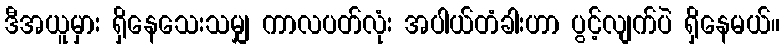
ဒီအယူမှား ရှိနေသေးသမျှ ကာလပတ်လုံး အပါယ်တံခါးဟာ ပွင့်လျက်ပဲ ရှိနေမယ်။